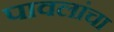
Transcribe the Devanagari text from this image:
पावलांचा